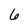
Character: 6